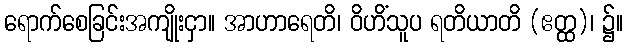
ရောက်စေခြင်းအကျိုးငှာ။ အာဟာရေတိ၊ ဝိဟိံသူပ ရတိယာတိ (ဧတ္ထ)၊ ၌။